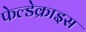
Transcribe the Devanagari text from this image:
फेल्डेक्राइस